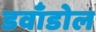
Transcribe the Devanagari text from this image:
डवाँडोल